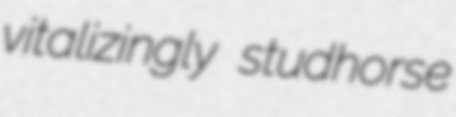
vitalizingly studhorse